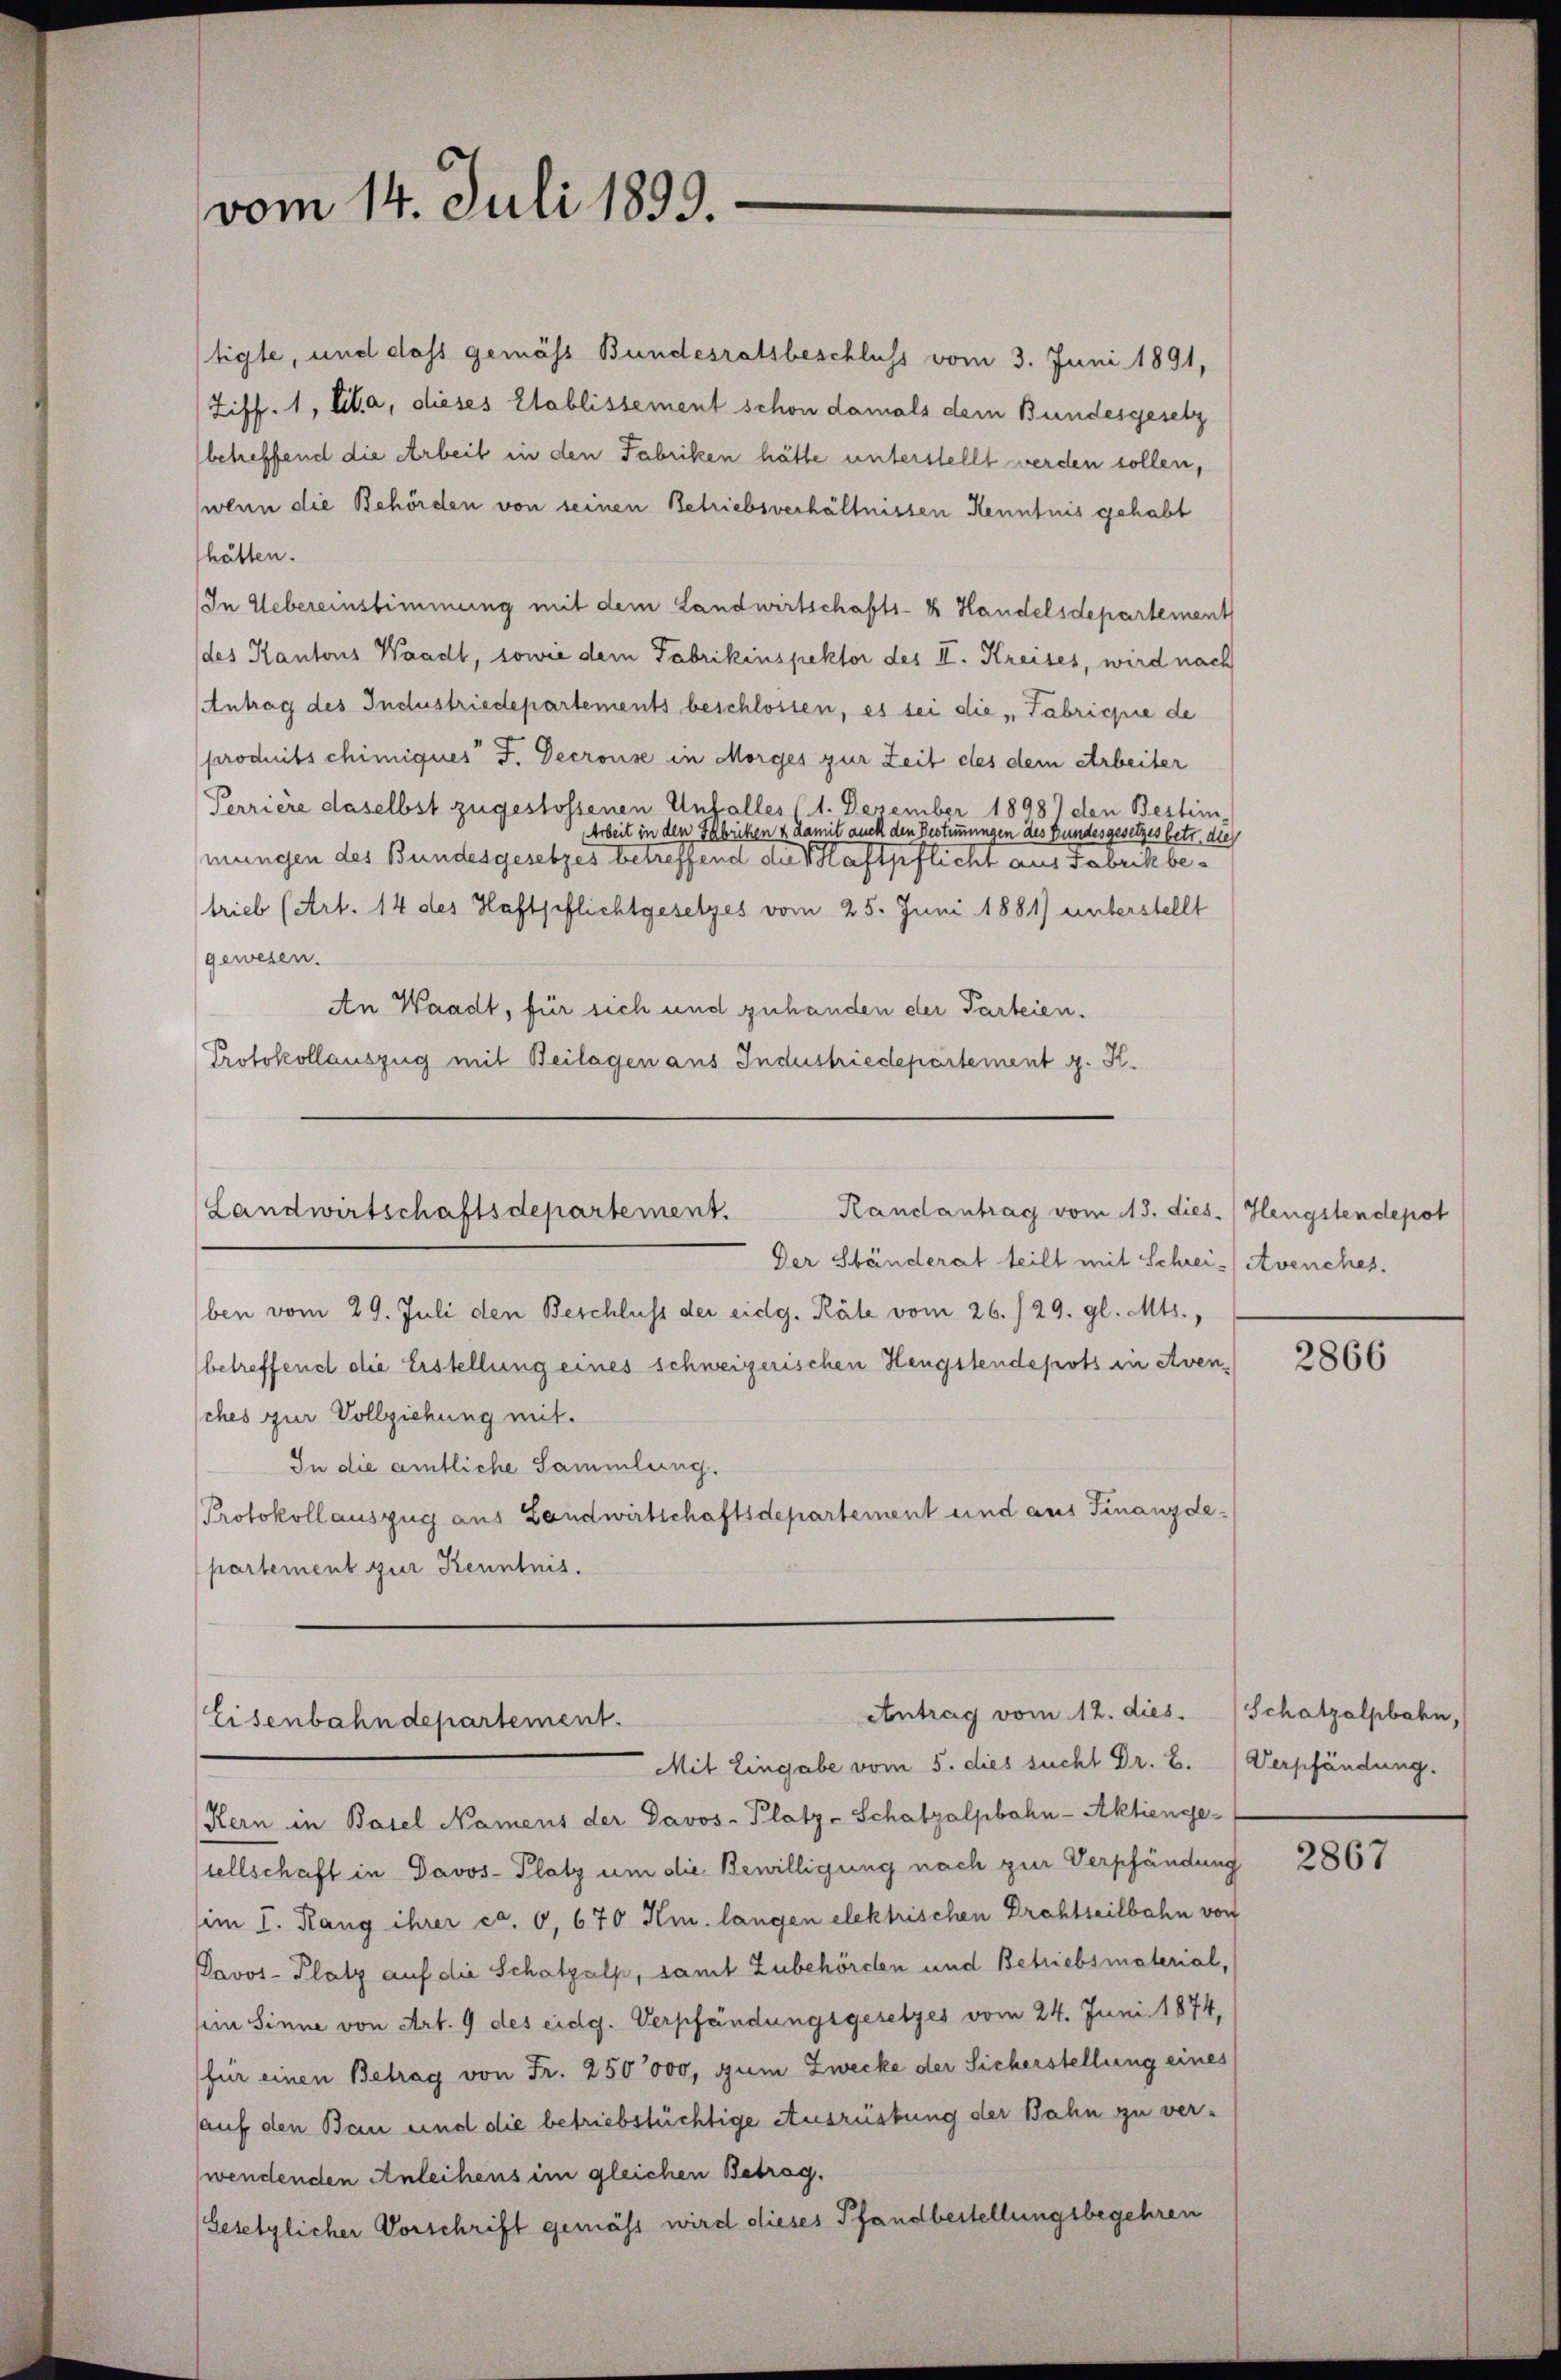
vom 14. Juli 1899.

tigte, und dass gemäss Bundesratsbeschluss vom 3. Juni 1891,
Ziff. 1, Cita, dieses Etablissement schon damals dem Bundesgesetz
betreffend die Arbeit in den Fabriken hätte unterstellt werden sollen,
wenn die Behörden von seinen Betriebsverhältnissen Kenntnis gehabt
hätten.
In Uebereinstimmung mit dem Landwirtschafts- & Handelsdepartement
des Kantons Waadt, sowie dem Fabrikinspektor des II. Kreises, wird nach
Antrag des Industriedepartements beschlossen, es sei die „Fabricie de
produits chimiques F. Decrouse in Morges zur Zeit des dem Arbeiter
Perriere daselbst zugestossenen Unfalles 11. Dezember 1898) den Bestim
Arbeit in den Fabriken & damit auch den Bestimmungen des Bundesgesetzes betr. dies
mungen des Bundesgesetzes betreffend die Saftpflicht aus Tabeck betrieb (Art. 14 des Haftpflichtgesetzes vom 25. Juni 1881) unterstellt
gewesen.
An Waadt, für sich und zuhanden der Parteien.
Protokollauszug mit Beilagen aus Industriedepartement g. K.

Randantrag vom 13. dies. Hengstendepot
Landwirtschaftsdepartement.
Der Ständerat teilt mit Schrei- Avenches.

ben vom 29. Juli den Beschluss der eidg. Käle vom 26./29. gl. Mts.,
(betreffend die Erstellung eines schweizerischen Hengstendepots in Aven-
ches zur Vollziehung mit.
In die amtliche Sammlung.
Protokollauszug aus Landwirtschaftsdepartement und aus Finanzdepartement zur Kenntnis.

Antrag vom 12. dies
Eisenbahndepartement.

Mit Eingabe vom 5. dies sucht Dr. B. Verpfändung.

Kern in Basel Namens der Davos- Platz-Schatzalpbahn-Aktienge-
sellschaft in Davos- Platz um die Bewilligung nach zur Verpfändung
(im I. Rang ihrer ca. 0. 670 Hm. langen elektrischen Drahtseilbahn von
Davos- Platz auf die Schatzalp, samt Zubehörden und Betriebsmaterial,
sein Sinne von Art. 9 des eidg. Verpfändungsgesetzes vom 24. Juni 1874,
für einen Betrag von Fr. 250,000, zum Zwecke der Sicherstellung eines
auf den Bau und die betriebstüchtige Ausrüstung der Bahn zu verwendenden Anleihens im gleichen Betrag.
Gesetzlicher Vorschrift gemäss wird dieses Pfandbestellungsbegehren

2866

(Schatzalpbahn,

2867